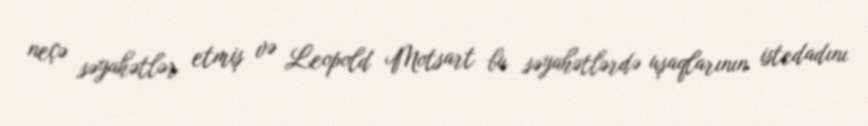
neçə səyahətlər etmiş və Leopold Motsart bu səyahətlərdə uşaqlarının istedadını